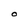
Character: O